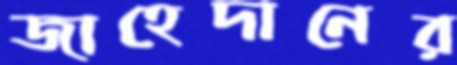
জাহেদানের